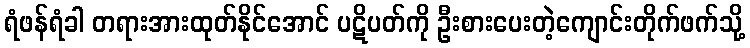
ရံဖန်ရံခါ တရားအားထုတ်နိုင်အောင် ပဋိပတ်ကို ဦးစားပေးတဲ့ကျောင်းတိုက်ဖက်သို့